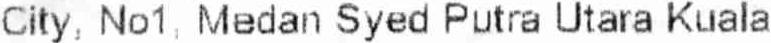
CITY, NO1, MEDAN SYED PUTRA UTARA KUALA